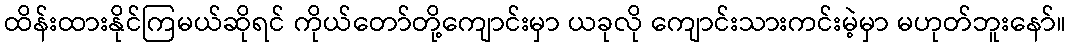
ထိန်းထားနိုင်ကြမယ်ဆိုရင် ကိုယ်တော်တို့ကျောင်းမှာ ယခုလို ကျောင်းသားကင်းမဲ့မှာ မဟုတ်ဘူးနော်။